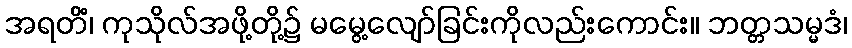
အရတိံ၊ ကုသိုလ်အဖို့တို့၌ မမွေ့လျော်ခြင်းကိုလည်းကောင်း။ ဘတ္တသမ္မဒံ၊